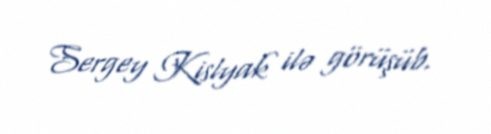
Sergey Kislyak ilə görüşüb.